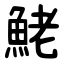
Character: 鮱